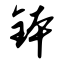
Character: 钵